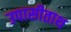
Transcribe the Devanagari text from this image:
उपासीताथ